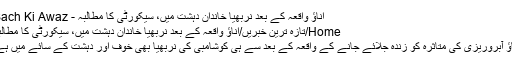
اناؤ واقعہ کے بعد نربھیا خاندان دہشت میں، سیکورٹی کا مطالبہ - Sach Ki Awaz
Home/تازہ ترین خبریں/اناؤ واقعہ کے بعد نربھیا خاندان دہشت میں، سیکورٹی کا مطالبہ
اناؤ آبروریزی کی متاثرہ کو زندہ جلائے جانے کے واقعہ کے بعد سے ہی کوشامبی کی نربھیا بھی خوف اور دہشت کے سائے میں ہے۔